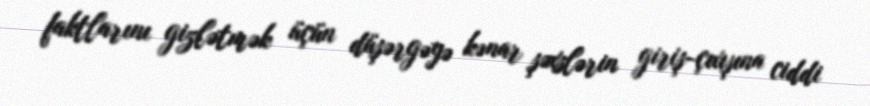
faktlarını gizlətmək üçün düşərgəyə kənar şəxslərin giriş-çıxışına ciddi